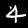
Digit: 4